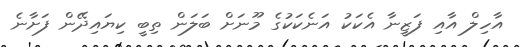
އާހިލް އާއި ފަޒީނާ އެކަކު އަނެކަކުގެ މޫނަށް ބަލަން ތިބީ ކިޔައިދޭން ފަށާނެ